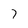
Character: 7